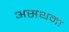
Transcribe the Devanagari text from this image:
असथमा